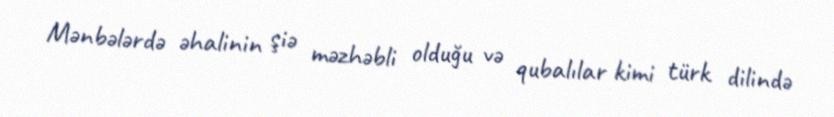
Mənbələrdə əhalinin şiə məzhəbli olduğu və qubalılar kimi türk dilində